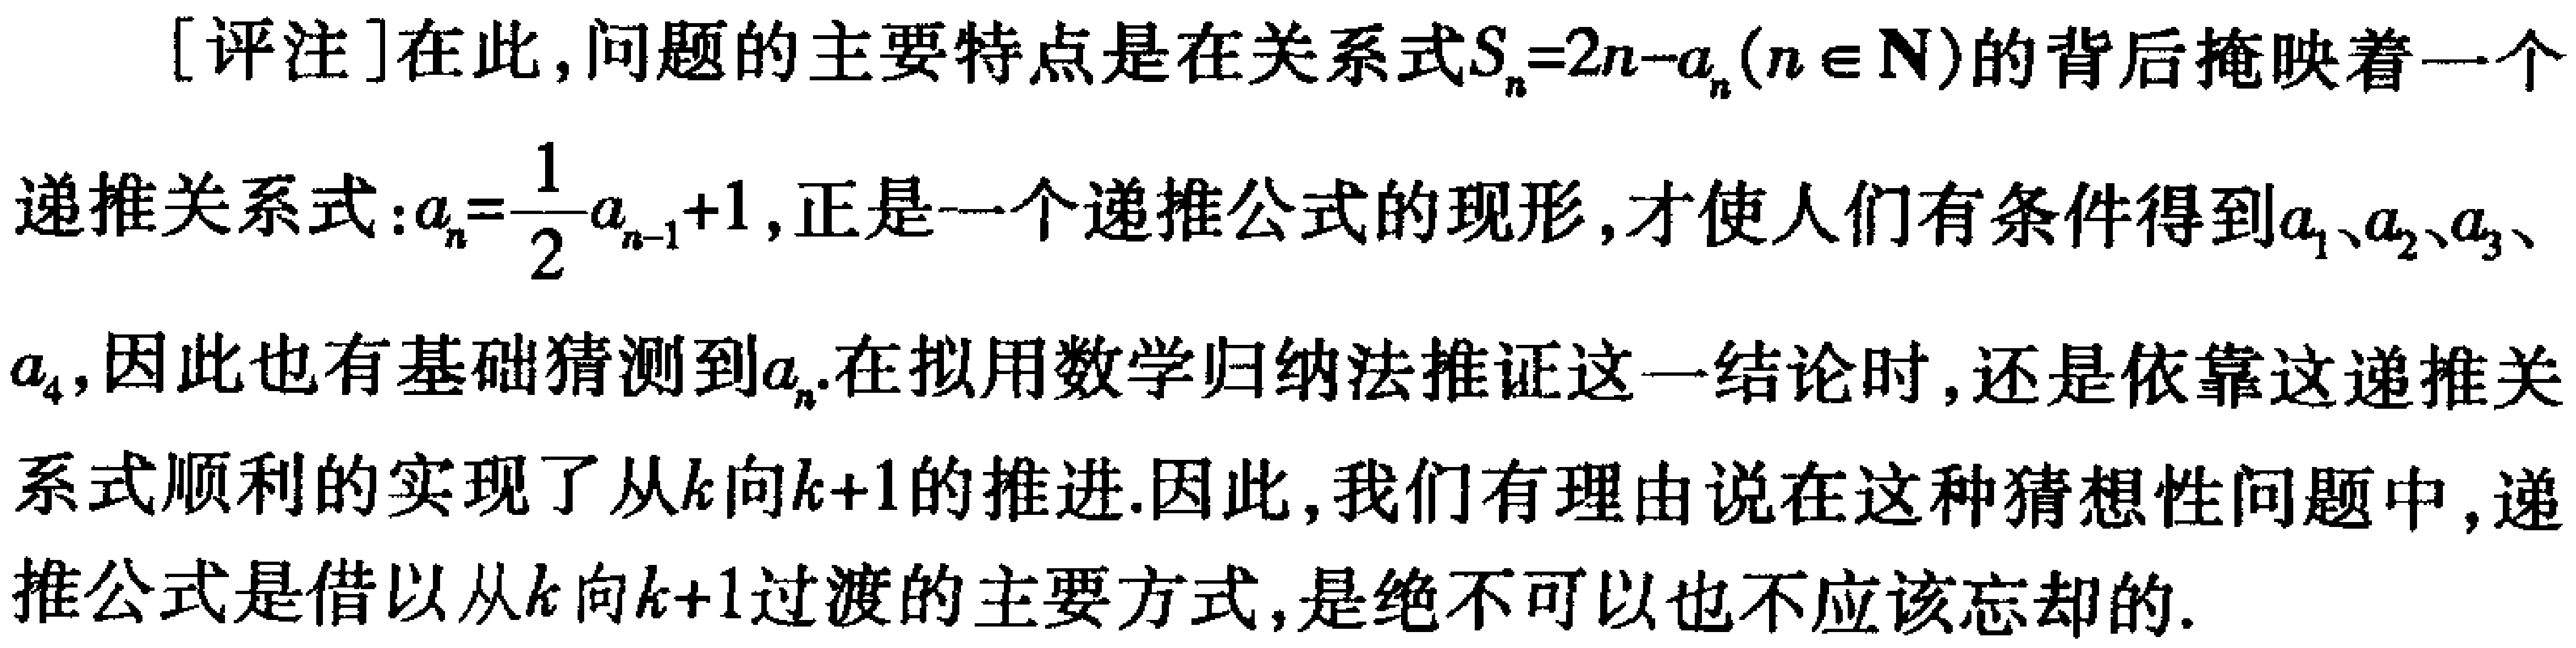
[评注]在此，问题的主要特点是在关系式\(S_{n}=2n - a_{n}(n\in\mathbb{N})\)的背后掩映着一个
递推关系式：\(a_{n}=\frac{1}{2}a_{n - 1}+1\)，正是一个递推公式的现形，才使人们有条件得到\(a_{1}\)、\(a_{2}\)、\(a_{3}\)、
\(a_{4}\)，因此也有基础猜测到\(a_{n}\).在拟用数学归纳法推证这一结论时，还是依靠这递推关
系式顺利的实现了从\(k\)向\(k + 1\)的推进.因此，我们有理由说在这种猜想性问题中，递
推公式是借以从\(k\)向\(k + 1\)过渡的主要方式，是绝不可以也不应该忘却的.